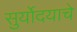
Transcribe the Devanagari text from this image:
सुर्योदयाचे